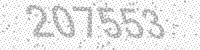
Solution: 207553